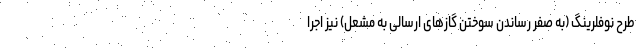
طرح نوفلرینگ (به صفر رساندن سوختن گازهای ارسالی به مشعل) نیز اجرا